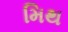
મિથ